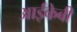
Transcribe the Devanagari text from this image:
आईकेबी